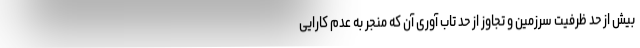
بیش از حد ظرفیت سرزمین و تجاوز از حد تاب آوری آن که منجر به عدم کارایی